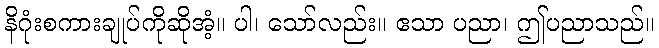
နိဂုံးစကားချုပ်ကိုဆိုအံ့။ ပါ၊ သော်လည်း။ ဧသာ ပညာ၊ ဤပညာသည်။